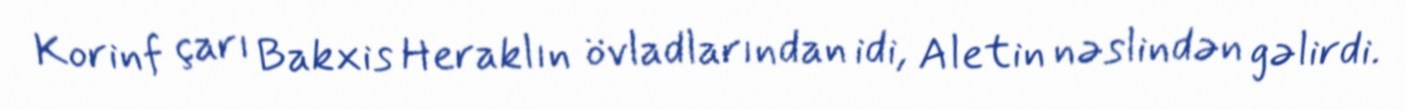
Korinf çarı Bakxis Heraklın övladlarından idi, Aletin nəslindən gəlirdi.